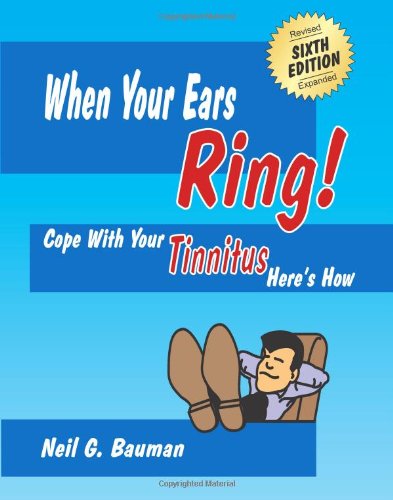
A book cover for When Your Ears Ring! (6th Edition): Cope with Your Tinnitus--Here's How; Neil G Bauman; Health, Fitness & Dieting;